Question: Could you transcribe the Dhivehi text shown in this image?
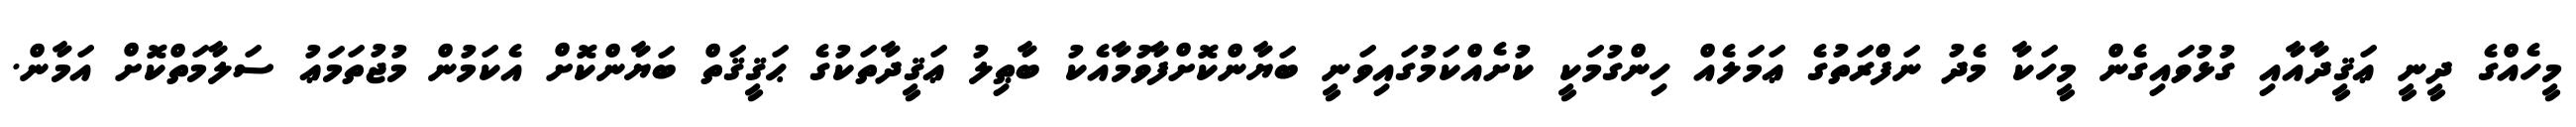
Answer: މީހެއްގެ ދީނީ ޢަޤީދާއާއި ގުޅުވައިގެން މީހަކާ މެދު ނަފްރަތުގެ ޢަމަލެއް ހިންގުމަކީ ކުށެއްކަމުގައިވަނީ ބަޔާންކޮށްފާވުމާއެކު ބާޠިލު ޢަޤީދާތަކުގެ ޙަޤީޤަތް ބަޔާންކޮށް އެކަމުން މުޖުތަމަޢު ސަލާމަތްކޮށް އަމާން.